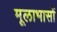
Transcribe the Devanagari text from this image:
मूलाभासों